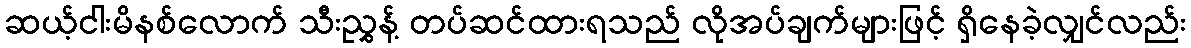
ဆယ့်ငါးမိနစ်လောက် သီးညွှန့် တပ်ဆင်ထားရသည် လိုအပ်ချက်များဖြင့် ရှိနေခဲ့လျှင်လည်း